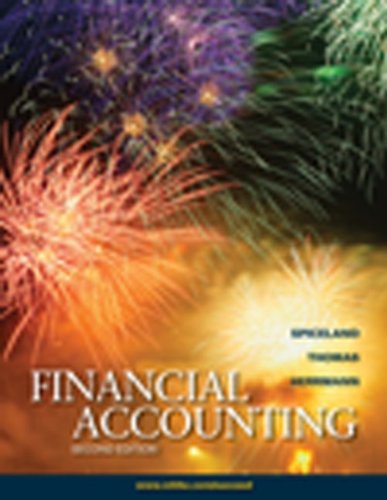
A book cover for Financial Accounting; J. David Spiceland; Business & Money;